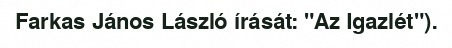
Farkas János László írását: "Az Igazlét").